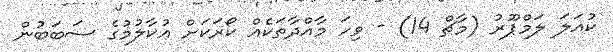
ކުއަލަ ލަމްޕޫރު (މާޗް 14) - ވިހަ މާއްދާތަކެއް ކޯރަކަށް އުކާލުމުގެ ސަބަބުން